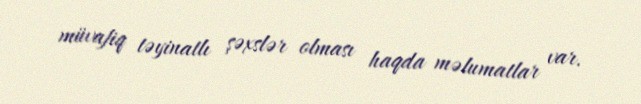
müvafiq təyinatlı şəxslər olması haqda məlumatlar var.